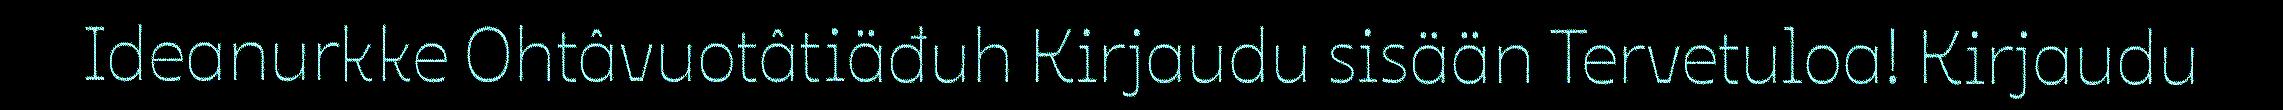
Ideanurkke Ohtâvuotâtiäđuh Kirjaudu sisään Tervetuloa! Kirjaudu